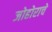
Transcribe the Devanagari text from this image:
जोहोराचे